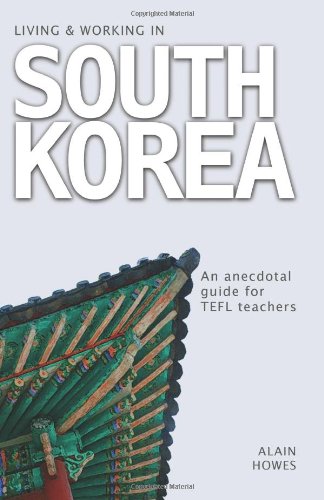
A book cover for Living and Working in South Korea: An Anecdotal Guide for TEFL Teachers; Mr Alain Howes; Travel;